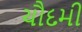
ચૌદમી